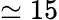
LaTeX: \simeq 15